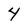
Character: 4